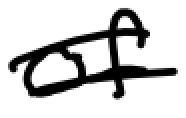
Text: of
Cross-out: double-line
Writing tool: digital_black